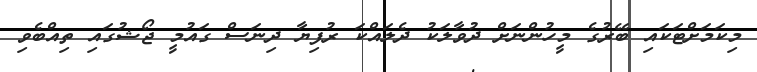
މިކަމަށްޓަކައި ބޭރުގެ މީހުންނަށް ދުވާލަކު ދެލައްކަ ރުފިޔާ ދިނަސް ގައުމީ ޖޯޝުގައި ތިއްބެވި